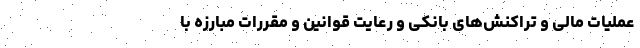
عملیات مالی و تراکنش‌های بانکی و رعایت قوانین و مقررات مبارزه با